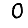
Digit: 0